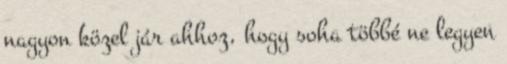
nagyon közel jár ahhoz, hogy soha többé ne legyen